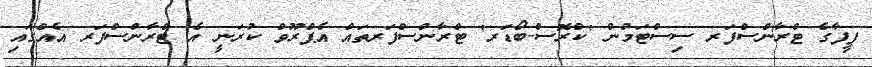
ފީފާގެ ޓްރާންސްފަރ ސިސްޓަމުން 'ކްރޮސް-ބޯޑަރ' ޓްރާންސްފަރތައް އެޕްރޫވް ކުރަނީ އެ ޓްރާންސްފަރ އެއްގައި